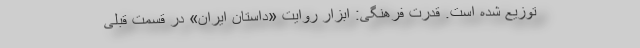
توزیع شده است. قدرت فرهنگی: ابزار روایت «داستان ایران» در قسمت قبلی